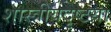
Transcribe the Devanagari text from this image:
शास्त्रीयदृष्टय़ा